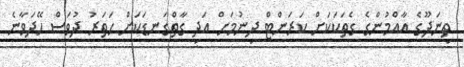
ތިނަދޫގެ އާއްމުންގެ ގެތަކަކަށް ކަރަންޓް ދިނުމަށް އަދި ގާތްގަނޑަކަށް ހަތަރު ދުވަސް ހޭދަވާނެ